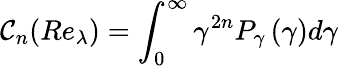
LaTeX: \mathcal{C}_{n}(Re_{\lambda})=\int_{0}^{\infty}\gamma^{2n}P_{\gamma}\left(\gamma\right)d\gamma